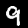
Digit: 9